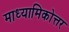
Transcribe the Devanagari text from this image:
माध्यामिकोत्तर